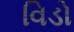
વિડો